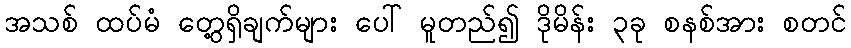
အသစ် ထပ်မံ တွေ့ရှိချက်များ ပေါ် မူတည်၍ ဒိုမိန်း ၃ခု စနစ်အား စတင်